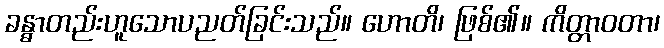
ခန္ဓာတည်းဟူသောပညတ်ခြင်းသည်။ ဟောတိ၊ ဖြစ်၏။ ကိတ္တာဝတာ၊